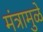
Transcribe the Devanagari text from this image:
मंत्रामुळे